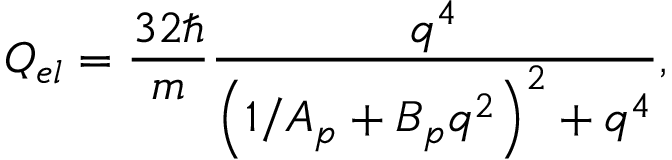
Q _ { e l } = \frac { 3 2 \hbar } { m } { \frac { q ^ { 4 } } { \left( 1 / A _ { p } + B _ { p } q ^ { 2 } \right) ^ { 2 } + q ^ { 4 } } } ,